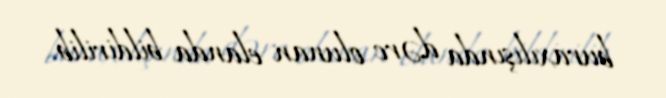
buraxılışında dərc olunan elanda bildirilib.